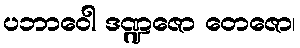
ပဘာဝေါ ဒဏ္ဍဇော တေဇော၊